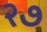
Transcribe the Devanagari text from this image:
२७